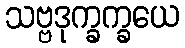
သဗ္ဗဒုက္ခက္ခယေ